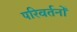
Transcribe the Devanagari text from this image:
परिवर्तनोँ